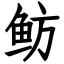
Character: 鲂